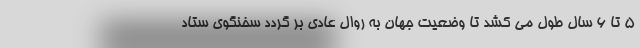
5 تا 6 سال طول می کشد تا وضعیت جهان به روال عادی بر گردد سخنگوی ستاد